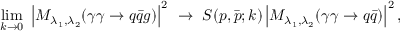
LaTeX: \operatorname * { l i m } _ { k \to 0 } \ \left| { \cal M } _ { \lambda _ { 1 } , \lambda _ { 2 } } ^ { } ( \gamma \gamma \to q \bar { q } g ) \right| ^ { 2 } \ \to \ { \cal S } ( p , \bar { p } ; k ) \left| { \cal M } _ { \lambda _ { 1 } , \lambda _ { 2 } } ^ { } ( \gamma \gamma \to q \bar { q } ) \right| ^ { 2 } ,